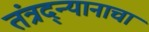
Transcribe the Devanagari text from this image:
तंत्रद्न्यानाचा